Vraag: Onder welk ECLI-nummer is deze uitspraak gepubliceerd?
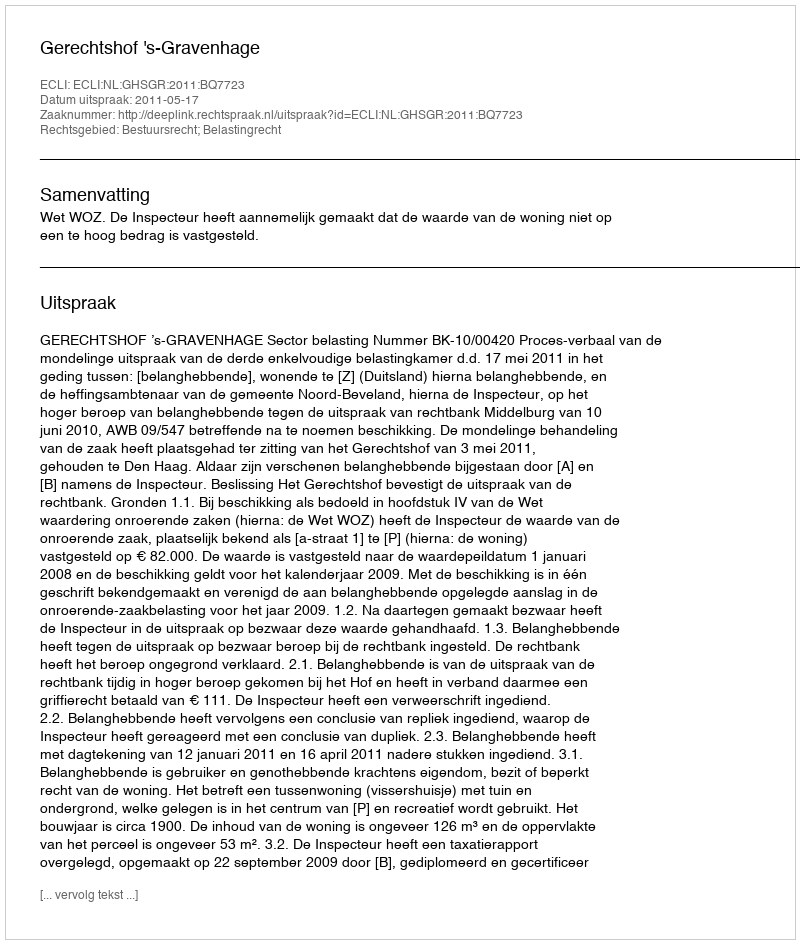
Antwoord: ECLI:NL:GHSGR:2011:BQ7723